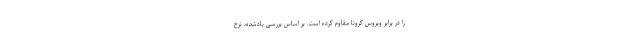
را در برابر ویروس کرونا مقاوم کرده است. بر اساس بررسی یادشده، نرخ